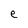
Character: e